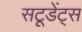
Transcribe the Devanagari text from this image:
सटूडेंट्स